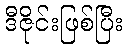
ဒီဇိုင်းဖြစ်ပြီး